Report on lock hospitals in British Burma
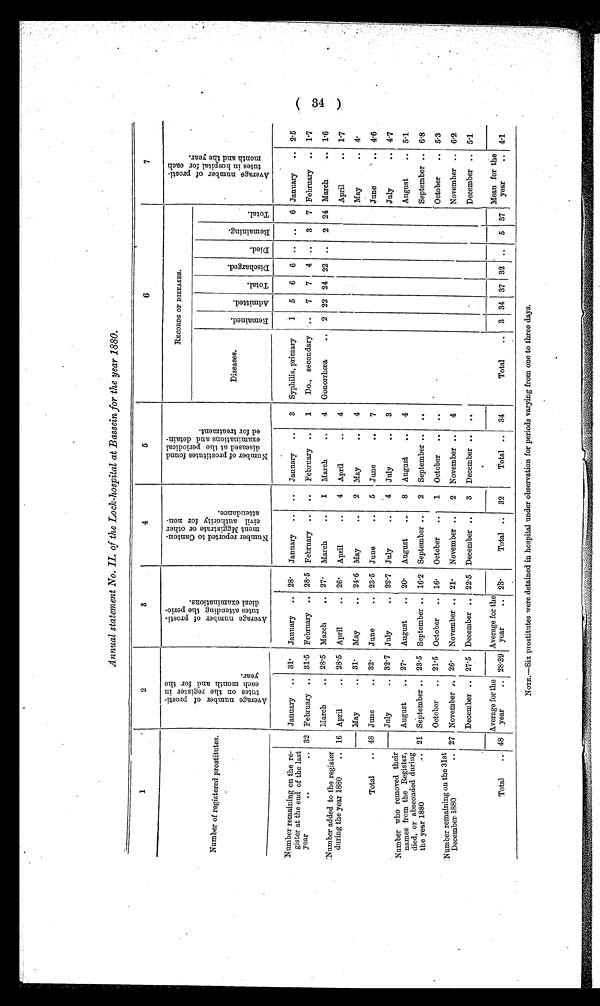
Annual statement No. II. of the Lock-hospital at Bassein for the year 1880.
1
2
3
4
5
6
7
Number of registered prostitutes.
A v e r a g e n u m b e r o f p r o s t i - t u t e s o n t h e r e g i s t e r i n e a c h m o n t h a n d f o r t h e y e a r .
A v e r a g e n u m b e r o f p r o s t i - t u t e s a t t e n d i n g t h e p e r i o - d i c a l e x a m i n a t i o n s .
N u m b e r r e p o r t e d t o c a n t o n -
m e n t M g g i s t r a t e o r o t h e r
c i v i l a u t h o r i t y f o r n o n -
a t t e n d a n c e .
N u m b e r o f p r o s t i t u t e s f o u n d d i s e a s e d a t t h e p e r i o d i c a l e x a m i n a t i o n s a n d d e t a i n - e d f o r t r e a t m e n t .
RECORDS OF DISEASES.
A v e r a g e n u m b e r o f p r o s t i - t u t e s i n h o s p i t a l f o r e a c h m o n t h a n d t h e y e a r .
Diseases.
R e m a i n e d .
A d m i t e d .
T o t a l .
D i s c h a r g e d .
D i e d . R e m a i n i n g .
T o t a l .
Number remaining on the re-
gister at the end of the last
year
..
.. 32
January
31. January .. 28. January .. .. January ..
3 Syphilis, primary
1 5 6 6 .. .. 6 January
. .
2.5
February .. 31.5 February .. 28.5 February .. .. February ..
1
Do., secondary .. 7 7 4 .. 3 7 February .. 1.7
Number added to the register
during the year 1880
.. 16
March
.. 28-5 March
.. 27. March
..
1 March
..
4 Gonorrhœa
.. 2 22 24 22 .. 2 24 March
.. 1.6
April
28.5 April
.. 26. April
. .
4 April
..
4
April
.. 1.7
May
.. 31. May
.. 24.6 May
2 May
..
4
May
.. 4.
48
Total
..
June
.. 32. June
.. 23.5 June
..
5 June
..
7
June
4.6
Number who removed their
names from the Register,
died, or absconded during
the year 1880
..
July
.. 32.7 July
.. 22.7 July
..
4 July
..
3
July
.. 4.7
21
27
August
27. August
.. 20. August
..
8 August
..
4
August
.. 5.1
.September .. 23.5 September .. 16.2 September ..
2 September .. ..
September .. 6.8
Number remaining on the 31st
December 1880
..
October .. 21.5 October .. 16. October ..
1 October .. ..
October
.. 5.3
November .. 26. November .. 21. November ..
2 November ..
4
November .. 6.2
December .. 27.5 December .. 22.5 December ..
3 December .. . .
December .. 5.1
Total
.. 48
Average for the
year
.. 28.39
Average for the
year
.. 23.
Total .. 32
Total .. 34
Total
.. 3 34 37 32
. . 5 37
Mean for the
year
.. 4.1
NOTE.—Six prostitutes were, detained in hospital under observation for periods varying from one to three days.
( 34 )